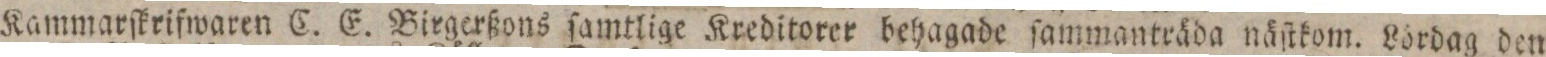
Kammarſkrifwaren C. E. Birgerßons ſamtlige Kreditorer behagade ſammanträda näſtkom. Lördag den